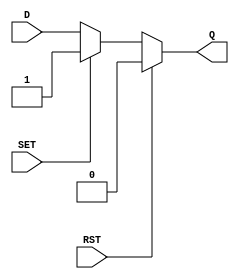
module async_register (
    input wire D,        // Data input
    input wire SET,      // Asynchronous Set
    input wire RST,      // Asynchronous Reset
    output reg Q         // Data output
);

// Always block to handle asynchronous behavior
always @(*) begin
    if (RST) begin
        Q = 1'b0;       // Reset Q to 0 if RST is high
    end else if (SET) begin
        Q = 1'b1;       // Set Q to 1 if SET is high
    end else begin
        Q = D;          // Otherwise, capture the data input D
    end
end

endmodule